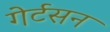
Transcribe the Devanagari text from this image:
गेर्टसन